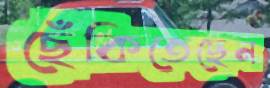
ছেঁকিতেছেন